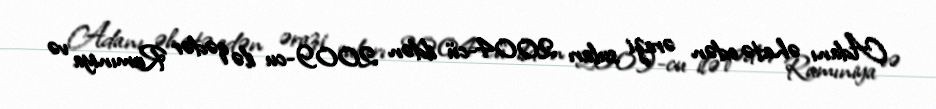
Adanı əhatə edən ərazi suları 2004-cü ildən 2009-cu ilə qədər Rumıniya və